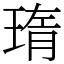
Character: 㻟